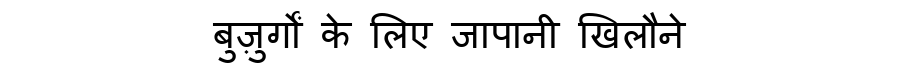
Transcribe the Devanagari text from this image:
बुज़ुर्गों के लिए जापानी खिलौने